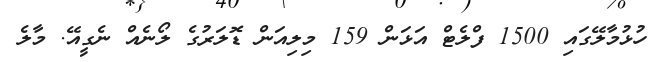
ހުޅުމާލޭގައި 1500 ފްލެޓް އަޅަން 159 މިލިއަން ޑޮލަރުގެ ލޯނެއް ނެގީއޭ. މާލެ